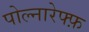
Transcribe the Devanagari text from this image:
पोल्नारेफ्फ़